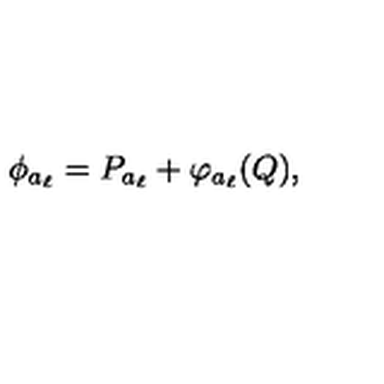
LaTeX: \phi _ { a _ { \ell } } = P _ { a _ { \ell } } + \varphi _ { a _ { \ell } } ( Q ) ,